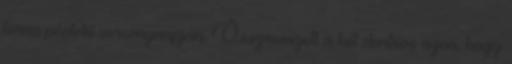
torna pénteki versenynapján. Összeveszett a két dartsos azon, hogy